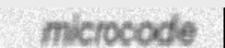
microcode